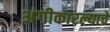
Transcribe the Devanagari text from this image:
अंगीकारल्याचे